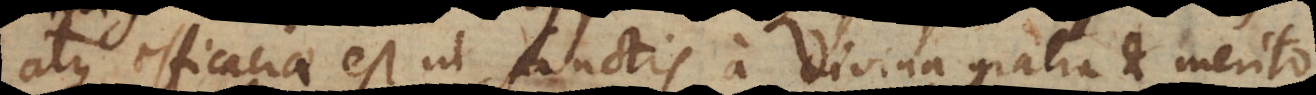
atque efficaciae est ut Sanctis a divina gratia et merit